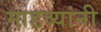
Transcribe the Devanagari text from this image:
माडव्यांनी